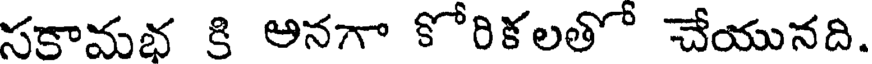
సకామభ కి అనగా కోరికలతో చేయునది.